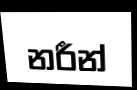
නරීන්